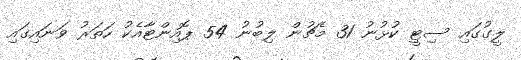
ލީގުގައި ސިޓީ ކުޅުނު 31 މެޗުން ލިބުނު 54 ޕޮއިންޓާއެކު ހަތަރު ވަނައިގައި